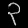
Digit: ၃